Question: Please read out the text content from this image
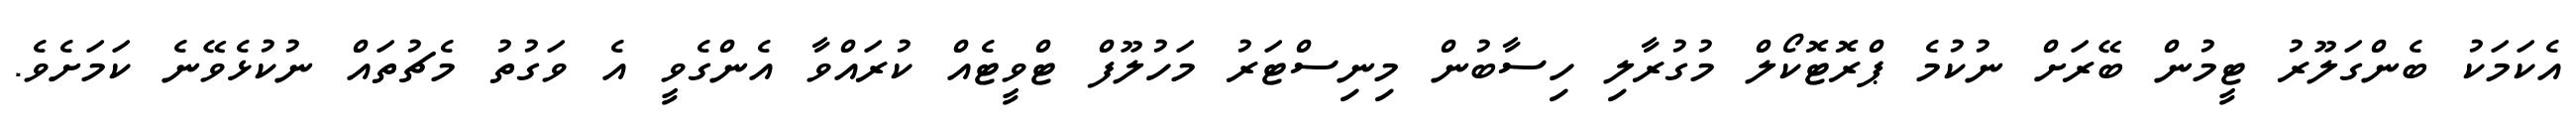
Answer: އެކަމަކު ބެންގަލޫރު ޓީމުން ބޭރަށް ނުކުމެ ޕްރޮޓޮކޯލް މުގުރާލި ހިސާބުން މިނިސްޓަރު މަހުލޫފް ޓްވީޓެއް ކުރައްވާ އެންގެވީ އެ ވަގުތު މެޗުތައް ނުކުޅެވޭނެ ކަމަށެވެ.